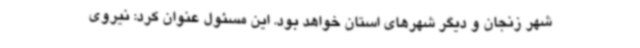
شهر زنجان و دیگر شهرهای استان خواهد بود. این مسئول عنوان کرد: نیروی